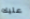
عليك